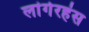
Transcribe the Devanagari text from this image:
लांगेरहंस